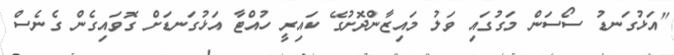
"އަޅުގަނޑު ސޯސަން މަގުގައި ވަލު މައިޒާންދޮށުގޭ ކައިރީ ހުއްޓާ އަޅުގަނޑަށް ގޮވައިގެން ގެނެސް